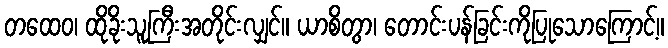
တထေဝ၊ ထိုခိုးသူကြီးအတိုင်းလျှင်။ ယာစိတွာ၊ တောင်းပန်ခြင်းကိုပြုသောကြောင့်။